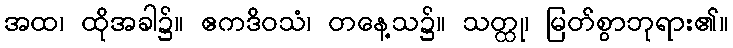
အထ၊ ထိုအခါ၌။ ဧကဒိဝသံ၊ တနေ့သ၌။ သတ္ထု၊ မြတ်စွာဘုရား၏။